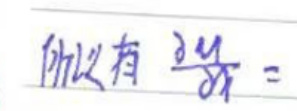
所以有 \(\frac{\partial u}{\partial x}=\)